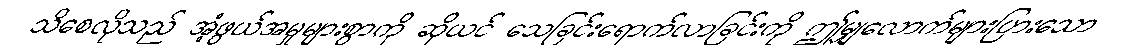
သိစေလိုသည် အံ့ဖွယ်အမှုများစွာကို ဆိုယင် သေခြင်းရောက်လာခြင်းကို ဤမျှလောက်များပြားသော